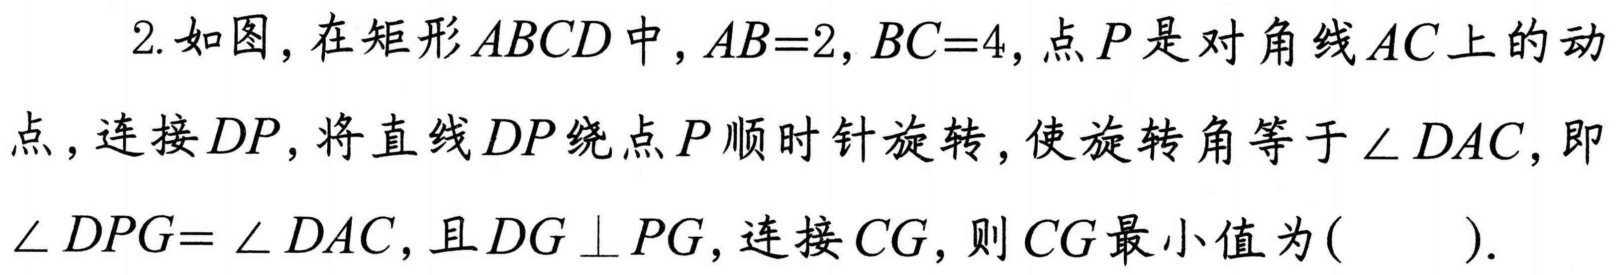
2. 如图，在矩形\(ABCD\)中，\(AB = 2\)，\(BC = 4\)，点\(P\)是对角线\(AC\)上的动点，连接\(DP\)，将直线\(DP\)绕点\(P\)顺时针旋转，使旋转角等于\(\angle DAC\)，即\(\angle DPG=\angle DAC\)，且\(DG\perp PG\)，连接\(CG\)，则\(CG\)最小值为( ).